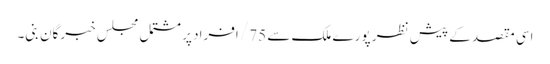
اسی مقصد کے پیش نظر پورے ملک سے 75/ افراد پر مشتمل مجلس خبرگان بنی۔